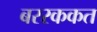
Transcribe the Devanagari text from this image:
बररककत